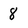
Character: 8